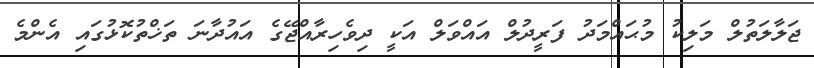
ޖަލާލަތުލް މަލިކު މުޙައްމަދު ފަރީދުލް އައްވަލް އަކީ ދިވެހިރާއްޖޭގެ އައުދާނަ ތަޚްތުކޮޅުގައި އެންމެ